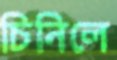
চিনিলে